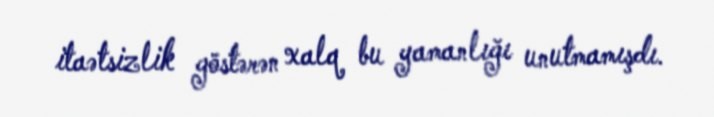
itaətsizlik göstərən xalq bu yamanlığı unutmamışdı.